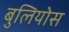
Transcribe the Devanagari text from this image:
बुलियोस